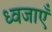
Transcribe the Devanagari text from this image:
ध्वजाएँ